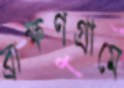
ব্রাক্ষণগ্রামে